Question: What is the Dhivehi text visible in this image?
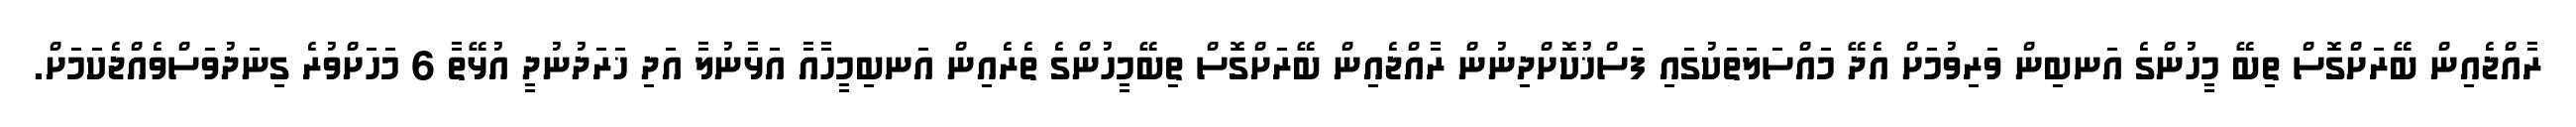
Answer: ރާއްޖެއިން ބޭރަށްގޮސް ތިބޭ މީހުންގެ އަނބިން ވަރިވުމަށް އެދޭ މައްސަލަތަކުގައި ފަސްޚުކޮށްދިނުން ރާއްޖެއިން ބޭރަށްގޮސް ތިބޭމީހުންގެ ތެރެއިން އަނބިމީހާއާ އަޅާނުލާ އަދި ޚަރަދުނުދީ އުޅޭތާ 6 މަހަށްވުރެ ގިނަދުވަސްވެއްޖެކަމަށް.